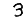
Digit: 3